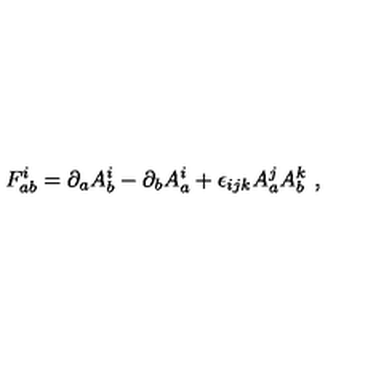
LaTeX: F _ { a b } ^ { i } = \partial _ { a } A _ { b } ^ { i } - \partial _ { b } A _ { a } ^ { i } + \epsilon _ { i j k } A _ { a } ^ { j } A _ { b } ^ { k } \ ,